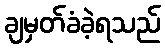
ချမှတ်ခံခဲ့ရသည်